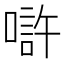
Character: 𠼯